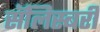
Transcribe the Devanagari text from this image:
सॅलिस्बरी